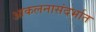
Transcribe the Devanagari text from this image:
आकलनासंदर्भात